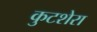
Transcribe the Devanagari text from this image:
कुटशेरा